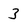
Character: 3